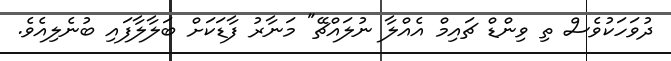
ދުވަހަކުވެސް ތި ވިންޑް ޗައިމް އެއްލާ ނުލައްޗޭ" މަނާރު ފާޑަކަށް ބަލާލާފައި ބުނެލިއެވެ.